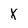
Character: X